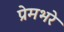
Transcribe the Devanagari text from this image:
प्रेमभरे